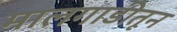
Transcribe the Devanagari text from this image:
मालगाडीतून